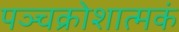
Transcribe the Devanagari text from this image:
पञ्चक्रोशात्मकं